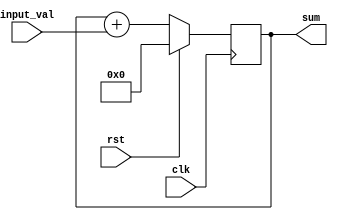
module accumulator(
    input wire clk,
    input wire rst,
    input wire [7:0] input_val,
    output reg [15:0] sum
);

reg [15:0] reg_val;

always @(posedge clk) begin
    if(rst) begin
        reg_val <= 16'b0;
    end
    else begin
        reg_val <= reg_val + input_val;
    end
end

assign sum = reg_val;

endmodule